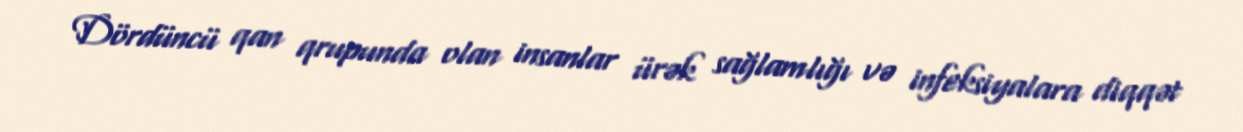
Dördüncü qan qrupunda olan insanlar ürək sağlamlığı və infeksiyalara diqqət